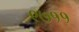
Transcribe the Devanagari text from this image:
९७११